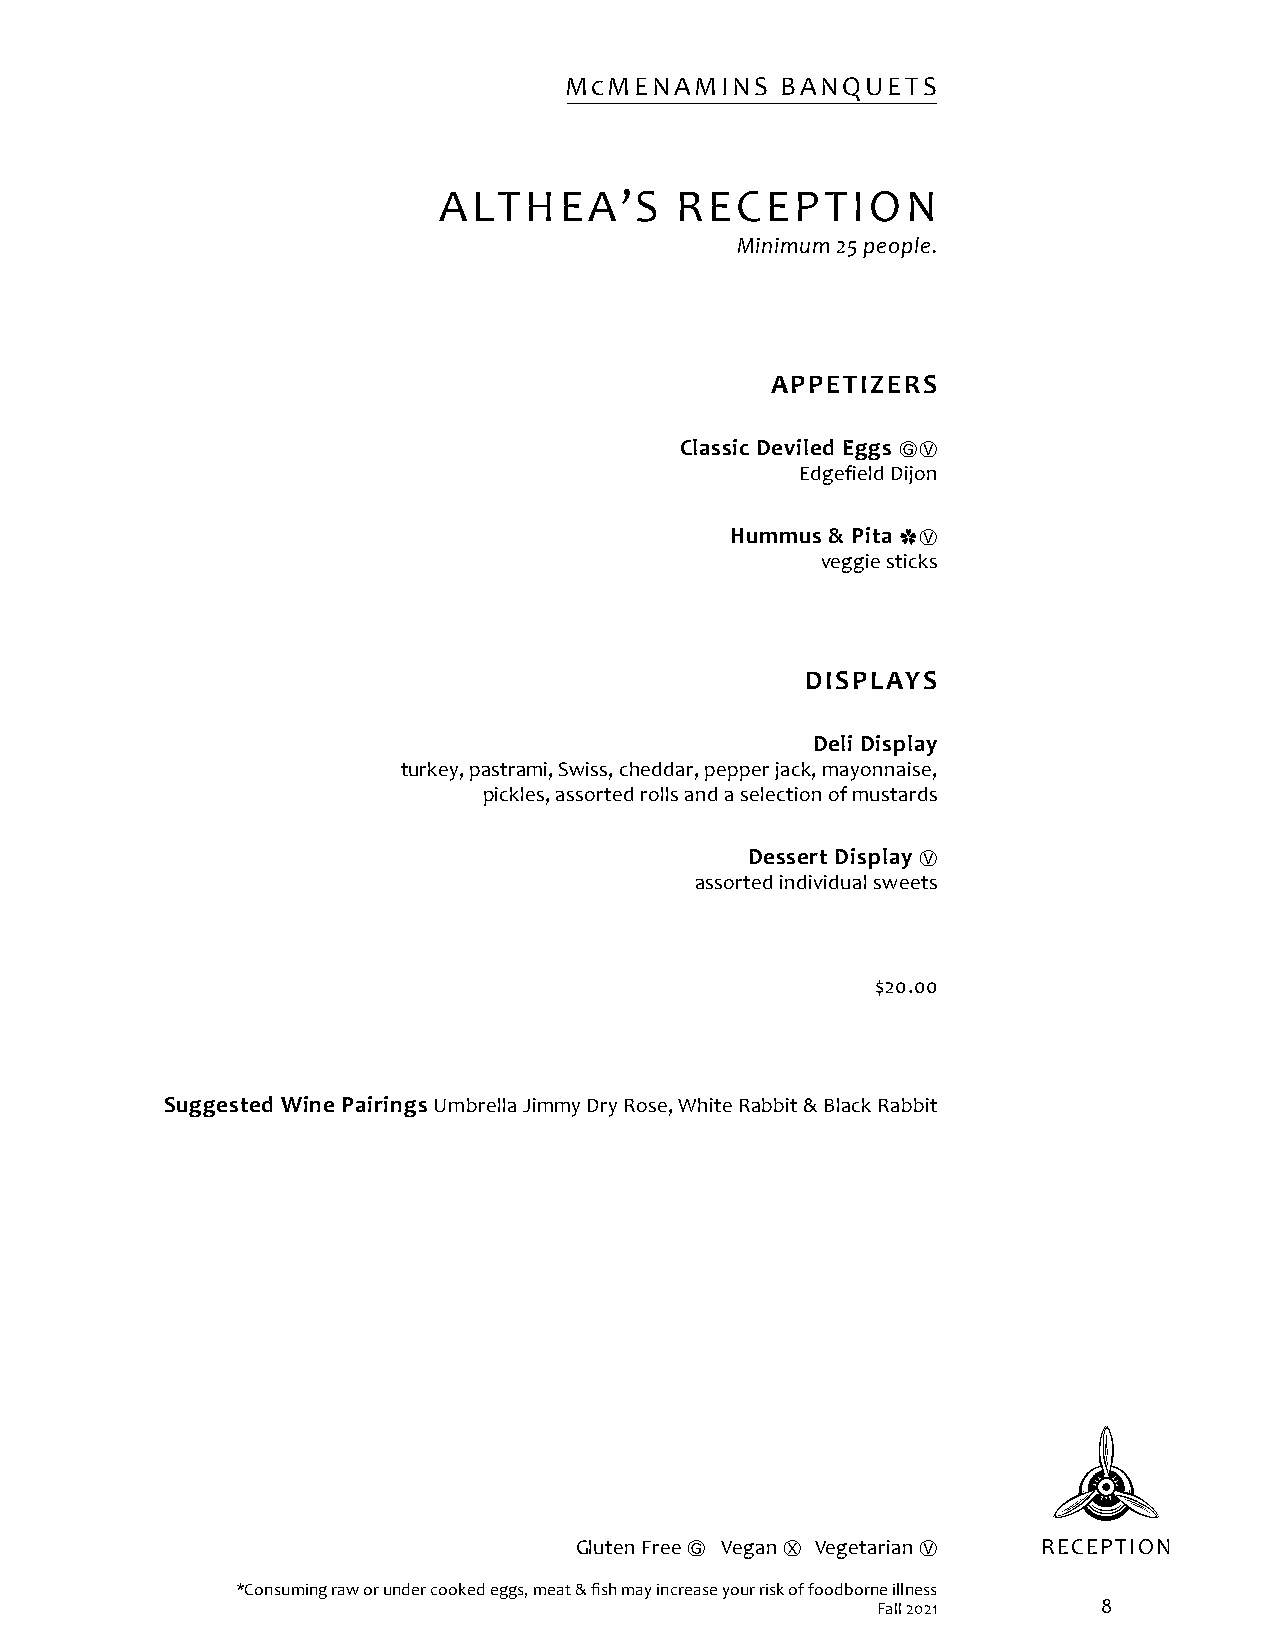
McMENAMINS     BANQUETS
 ALTHEA’S        RECEPTION
 Minimum 25 people.
 APPETIZERS
 Classic Deviled Eggs
 ⒼⓋ
 Edgefield Dijon
 Hummus & Pita
 ✿Ⓥ
 veggie sticks
 DISPLAYS
 Deli Display
 turkey, pastrami, Swiss, cheddar, pepper jack, mayonnaise,
 pickles, assorted rolls and a selection of mustards
 Dessert Display
 Ⓥ
 assorted individual sweets
 $20.00
 Suggested Wine Pairings Umbrella Jimmy Dry Rose, White Rabbit & Black Rabbit
 Gluten Free Ⓖ Vegan Ⓧ Vegetarian Ⓥ RECEPTION
 *Consuming raw or under cooked eggs, meat & fish may increase your risk of foodborne illness
 Fall 2021      8